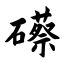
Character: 礤